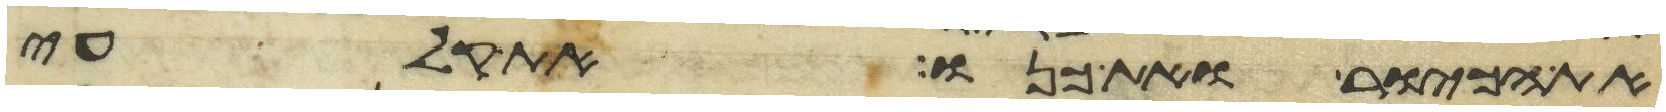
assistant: את הכיור ואת כנו את קלעי